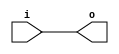
module alt_inbuf (i, o);
    input i;
    output o;
    parameter io_standard = "NONE";
    parameter location = "NONE";
    parameter enable_bus_hold = "NONE";
    parameter weak_pull_up_resistor = "NONE"; 
    parameter termination = "NONE"; 
    parameter lpm_type = "alt_inbuf";
    assign o = i;
endmodule